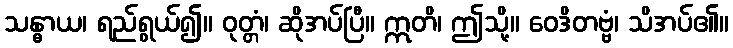
သန္ဓာယ၊ ရည်ရွယ်၍။ ဝုတ္တံ၊ ဆိုအပ်ပြီ။ ဣတိ၊ ဤသို့။ ဝေဒိတဗ္ဗံ၊ သိအပ်၏။